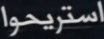
استريحوا